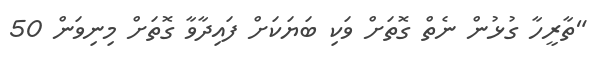
"ތާރީހާ ގުޅުން ނެތް ގޮތަށް ވަކި ބަޔަކަށް ފައިދާވާ ގޮތަށް މިނިވަން 50